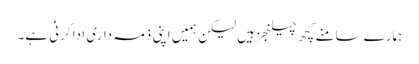
ہمارے سامنے کچھ چیلنجز ہیں لیکن ہمیں اپنی ذمہ داری ادا کرنی ہے۔